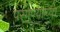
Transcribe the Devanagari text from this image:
परगण्याच्या